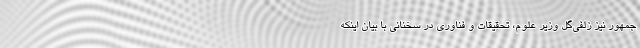
جمهور نیز زلفی‌گل وزیر علوم، تحقیقات و فناوری در سخنانی با بیان اینکه